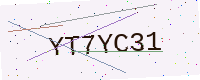
Text: YT7YC31